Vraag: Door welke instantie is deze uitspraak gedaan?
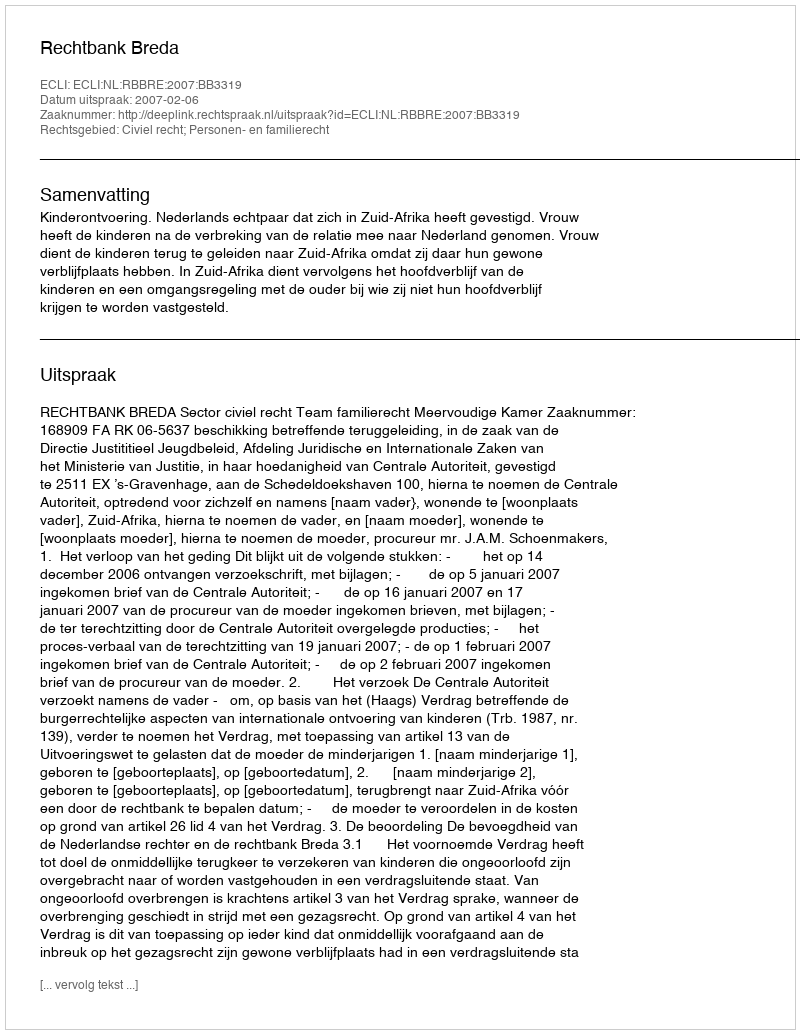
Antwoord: Rechtbank Breda